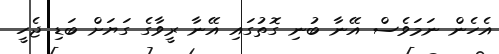
އެހެން ނަމަވެސް އޭނާ ބުނި ގޮތުގައި އޭނާ ރީވާގެ ގަޔަށް ބަޑި ޖެހީ